Report on sanitation, dispensaries, and jails in Rajputana for 1918, and on vaccination for the year 1918-1919 - 1918-1919
Year: 1918
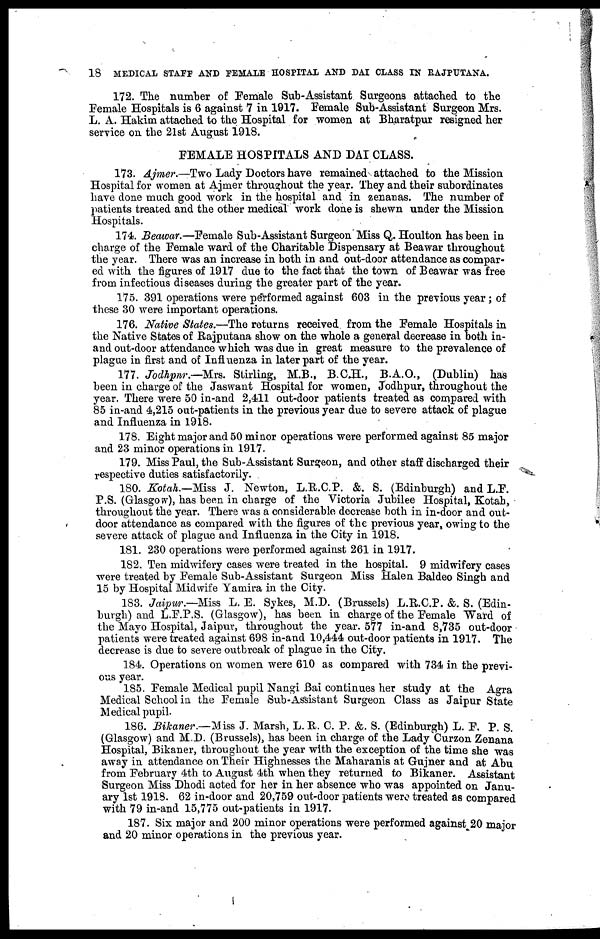
18 MEDICAL STAFF AND FEMALE HOSPITAL AND DAI CLASS IN RAJPUTANA.
172. The number of Female Sub-Assistant Surgeons attached to the
Female Hospitals is 6 against 7 in 1917. Female Sub-Assistant Surgeon Mrs.
L. A. Hakim attached to the Hospital for women at Bharatpur resigned her
service on the 21st August 1918.
FEMALE HOSPITALS AND DAI CLASS.
173. Ajmer.—Two Lady Doctors have remained attached to the Mission
Hospital for women at Ajmer throughout the year. They and their subordinates
have done much good work in the hospital and in zenanas. The number of
patients treated and the other medical work done is shewn under the Mission
Hospitals.
174. Beawar.—Female Sub-Assistant Surgeon Miss Q. Houlton has been in
charge of the Female ward of the Charitable Dispensary at Beawar throughout
the year. There was an increase in both in and out-door attendance as compar-
ed with the figures of 1917 due to the fact that the town of Beawar was free
from infectious diseases during the greater part of the year.
175. 391 operations were performed against 603 in the previous year; of
these 30 were important operations.
176. Native States.—The returns received from the Female Hospitals in
the Native States of Rajputana show on the whole a general decrease in both in¬
and out-door attendance which was due in great measure to the prevalence of
plague in first and of Influenza in later part of the year.
177. Jodhpnr.—Mrs. Stirling, M.B., B.C.H., B.A.O., (Dublin) has
been in charge of the Jaswant Hospital for women, Jodhpur, throughout the
year. There were 50 in-and 2,411 out-door patients treated as compared with
85 in-and 4,215 out-patients in the previous year due to severe attack of plague
and Influenza in 1918.
178. Eight major and 50 minor operations were performed against 85 major
and 23 minor operations in 1917.
179. Miss Paul, the Sub-Assistant Surgeon, and other staff discharged their
respective duties satisfactorily.
180. Kotah.—Miss J. Newton, L.R.C.P. &. S. (Edinburgh) and L.F.
P.S. (Glasgow), has been in charge of the Victoria Jubilee Hospital, Kotah,
throughout the year. There was a considerable decrease both in in-door and out-
door attendance as compared with the figures of the previous year, owing to the
severe attack of plague and Influenza in the City in 1918.
181. 230 operations were performed against 261 in 1917.
182. Ten midwifery cases were treated in the hospital. 9 midwifery cases
were treated by Female Sub-Assistant Surgeon Miss Halen Baldeo Singh and
15 by Hospital Midwife Yamira in the City.
183. Jaipur.—Miss L. E. Sykes, M.D. (Brussels) L.R.C.P. &. S. (Edin-
burgh) and L.F.P.S. (Glasgow), has been in charge of the Female Ward of
the Mayo Hospital, Jaipur, throughout the year. 577 in-and 8,735 out-door
patients were treated against 698 in-and 10,444 out-door patients in 1917. The
decrease is due to severe outbreak of plague in the City.
184. Operations on women were 610 as compared with 734 in the previ-
ous year.
185. Female Medical pupil Nangi Bai continues her study at the Agra
Medical School in the Female Sub-Assistant Surgeon Class as Jaipur State
Medical pupil.
186. Bikaner.—Miss J. Marsh, L. R. C. P. &. S. (Edinburgh) L. F. P. S.
(Glasgow) and M.D. (Brussels), has been in charge of the Lady Curzon Zenana
Hospital, Bikaner, throughout the year with the exception of the time she was
away in attendance on Their Highnesses the Maharanis at Gujner and at Abu
from February 4th to August 4th when they returned to Bikaner. Assistant
Surgeon Miss Dhodi acted for her in her absence who was appointed on Janu-
ary 1st 1918. 62 in-door and 20,759 out-door patients were treated as compared
with 79 in-and 15,775 out-patients in 1917.
187. Six major and 200 minor operations were performed against 20 major
and 20 minor operations in the previous year.